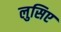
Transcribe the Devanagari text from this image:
लुसिए